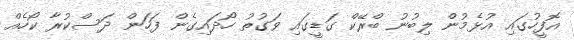
އޮފީހުގައި އުޅެމުން ލިބުނު ބްރޭކް ގަޑީގައި ވަގުތު ހޯދައިގެން ފަހަން ދަސްކުރާ ކޯހެއް